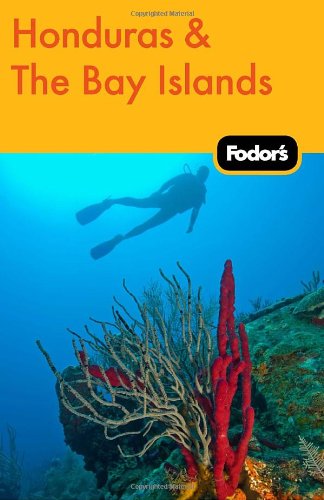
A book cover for Fodor's Honduras & the Bay Islands (Travel Guide); Fodor's; Travel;